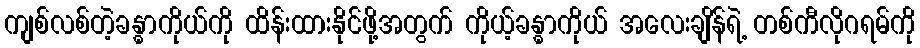
ကျစ်လစ်တဲ့ခန္ဓာကိုယ်ကို ထိန်းထားနိုင်ဖို့အတွက် ကိုယ့်ခန္ဓာကိုယ် အလေးချိန်ရဲ့ တစ်ကီလိုဂရမ်ကို